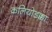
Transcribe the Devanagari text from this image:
कलियोडक्का